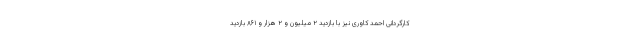
کارگردانی احمد کاوری نیز با بازدید ۲ میلیون و ۲ هزار و ۸۶۱ بازدید